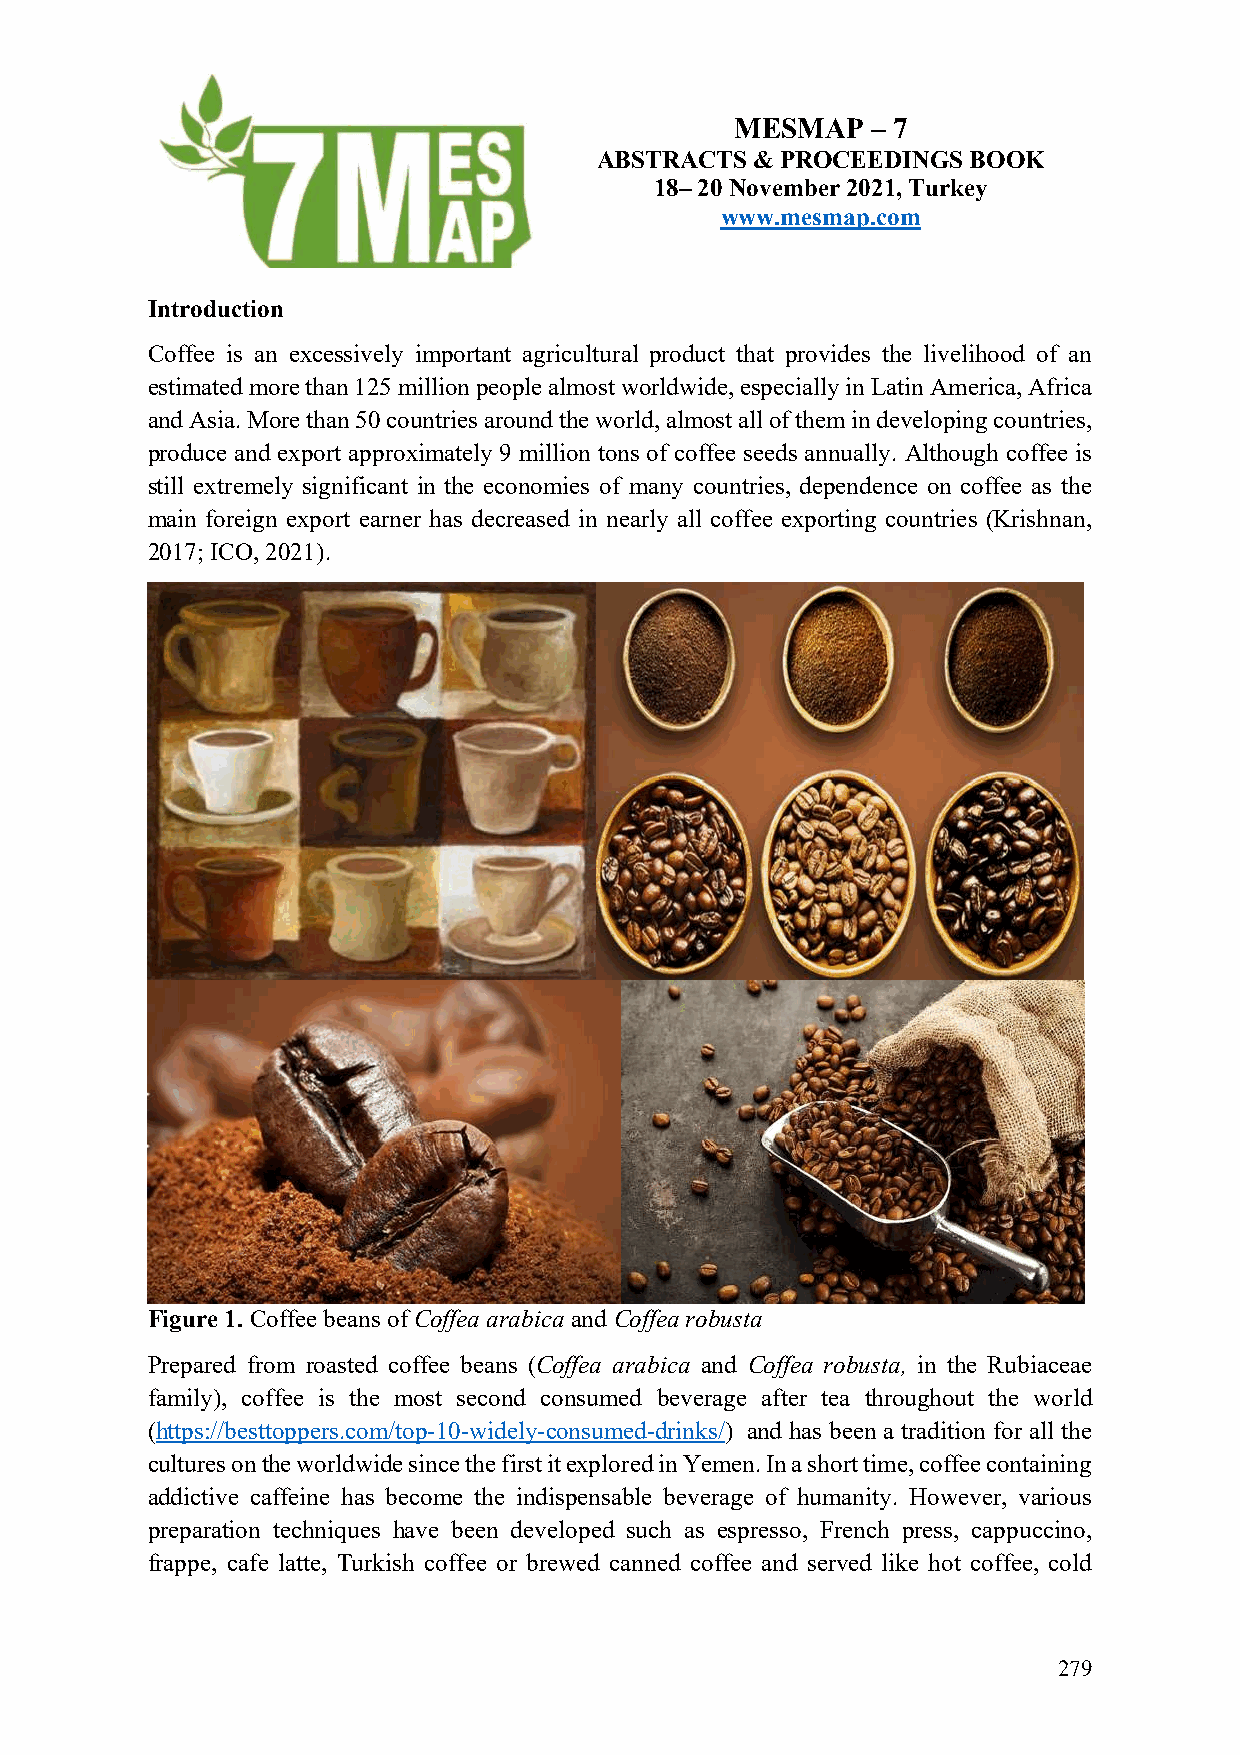
MESMAP   – 7
 ABSTRACTS  & PROCEEDINGS BOOK
 18– 20 November 2021, Turkey
 www.mesmap.com
 Introduction
 Coffee is an excessively important agricultural product that provides the livelihood of an
 estimated more than 125 million people almost worldwide, especially in Latin America, Africa
 and Asia. More than 50 countries around the world, almost all of them in developing countries,
 produce and export approximately 9 million tons of coffee seeds annually. Although coffee is
 still extremely significant in the economies of many countries, dependence on coffee as the
 main foreign export earner has decreased in nearly all coffee exporting countries (Krishnan,
 2017; ICO, 2021).
 Figure 1. Coffee beans of Coffea arabica and Coffea robusta
 Prepared from roasted coffee beans (Coffea arabica and Coffea robusta, in the Rubiaceae
 family), coffee is the most second consumed beverage after tea throughout the world
 (https://besttoppers.com/top-10-widely-consumed-drinks/) and has been a tradition for all the
 cultures on the worldwide since the first it explored in Yemen. In a short time, coffee containing
 addictive caffeine has become the indispensable beverage of humanity. However, various
 preparation techniques have been developed such as espresso, French press, cappuccino,
 frappe, cafe latte, Turkish coffee or brewed canned coffee and served like hot coffee, cold
 279